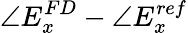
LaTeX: \angle E_{x}^{FD}-\angle E_{x}^{ref}